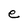
Character: e